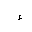
Letter: _hamza